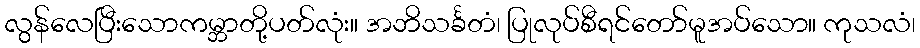
လွန်လေပြီးသောကမ္ဘာတို့ပတ်လုံး။ အဘိသင်္ခတံ၊ ပြုလုပ်စီရင်တော်မူအပ်သော။ ကုသလံ၊